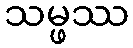
သမ္ဖဿ